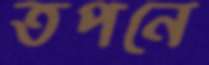
তপনে